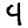
Digit: 4